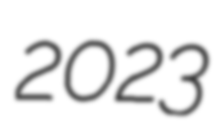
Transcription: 2023